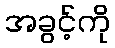
အခွင့်ကို